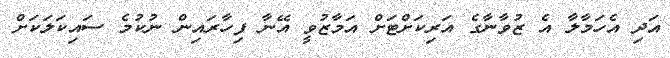
އަދި އެހަމާލާ އެ ޒުވާނާގެ އަރިކަށްޓަށް އަމާޒުވީ އޭނާ ފިހާރައިން ނުކުމެ ސައިކަލަކަށް